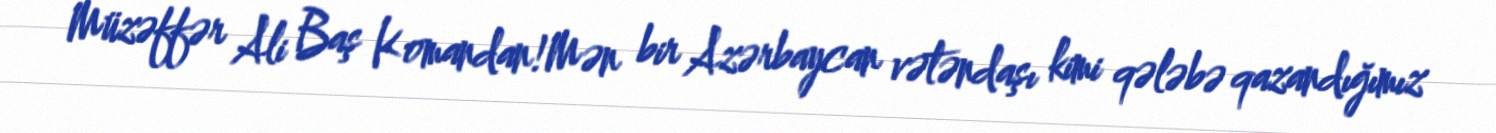
Müzəffər Ali Baş Komandan!Mən bir Azərbaycan vətəndaşı kimi qələbə qazandığımız